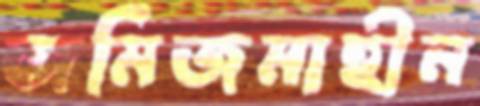
জমিজমাহীন